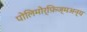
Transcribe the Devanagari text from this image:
पोलिमोर्फ़िज्मअन्य